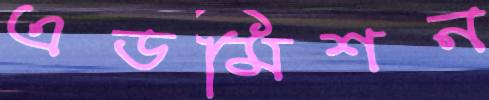
এডমিশন